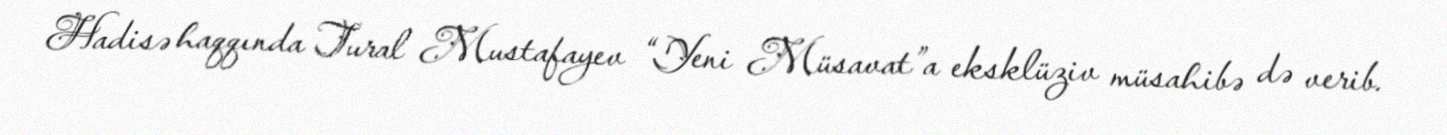
Hadisə haqqında Tural Mustafayev “Yeni Müsavat”a eksklüziv müsahibə də verib.